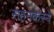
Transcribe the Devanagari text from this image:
सहनकरने